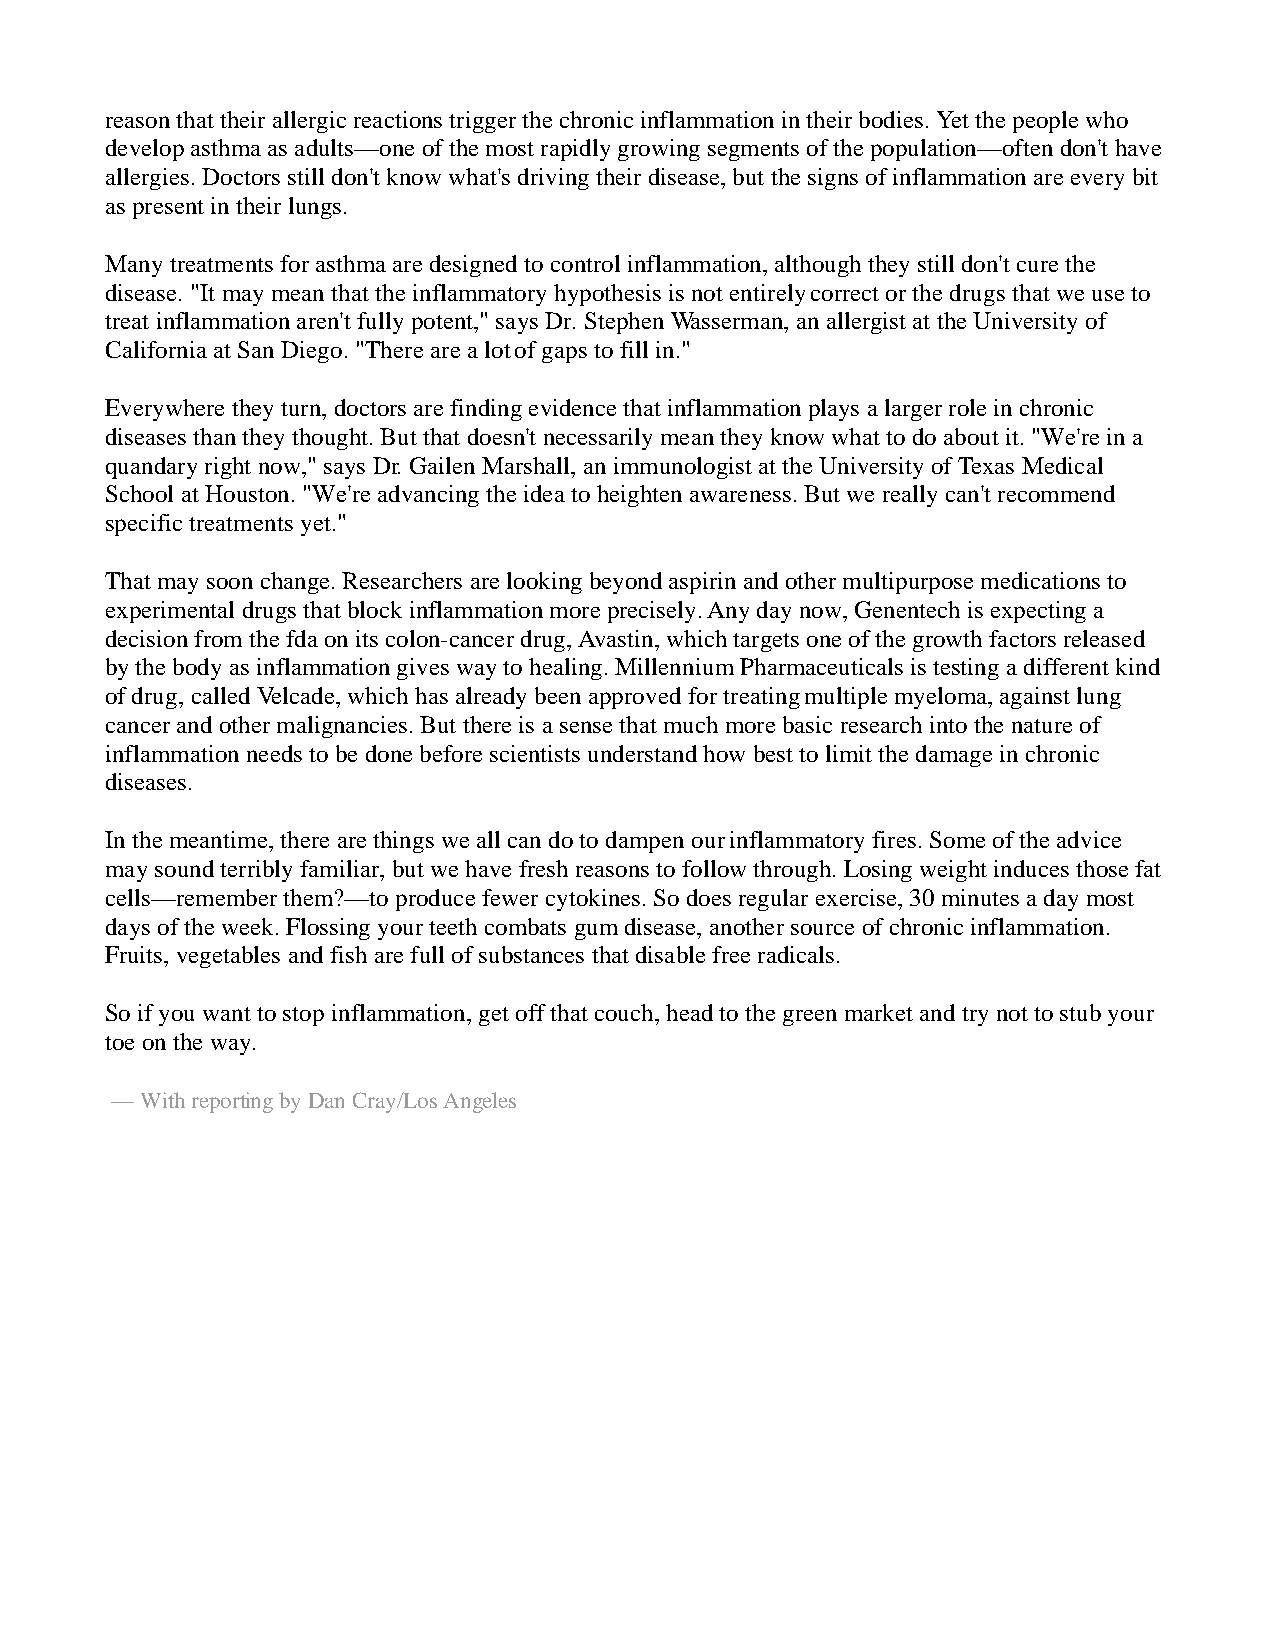
reason that their allergic reactions trigger the chronic inflammation in their bodies. Yet the people who
 develop asthma as adults—one of the most rapidly growing segments of the population—often don't have
 allergies. Doctors still don't know what's driving their disease, but the signs of inflammation are every bit
 as present in their lungs.
 Many treatments for asthma are designed to control inflammation, although they still don't cure the
 disease. "It may mean that the inflammatory hypothesis is not entirely correct or the drugs that we use to
 treat inflammation aren't fully potent," says Dr. Stephen Wasserman, an allergist at the University of
 California at San Diego. "There are a lot of gaps to fill in."
 Everywhere they turn, doctors are finding evidence that inflammation plays a larger role in chronic
 diseases than they thought. But that doesn't necessarily mean they know what to do about it. "We're in a
 quandary right now," says Dr. Gailen Marshall, an immunologist at the University of Texas Medical
 School at Houston. "We're advancing the idea to heighten awareness. But we really can't recommend
 specific treatments yet."
 That may soon change. Researchers are looking beyond aspirin and other multipurpose medications to
 experimental drugs that block inflammation more precisely. Any day now, Genentech is expecting a
 decision from the fda on its colon-cancer drug, Avastin, which targets one of the growth factors released
 by the body as inflammation gives way to healing. Millennium Pharmaceuticals is testing a different kind
 of drug, called Velcade, which has already been approved for treating multiple myeloma, against lung
 cancer and other malignancies. But there is a sense that much more basic research into the nature of
 inflammation needs to be done before scientists understand how best to limit the damage in chronic
 diseases.
 In the meantime, there are things we all can do to dampen our inflammatory fires. Some of the advice
 may sound terribly familiar, but we have fresh reasons to follow through. Losing weight induces those fat
 cells—remember them?—to produce fewer cytokines. So does regular exercise, 30 minutes a day most
 days of the week. Flossing your teeth combats gum disease, another source of chronic inflammation.
 Fruits, vegetables and fish are full of substances that disable free radicals.
 So if you want to stop inflammation, get off that couch, head to the green market and try not to stub your
 toe on the way.
 — With reporting by Dan Cray/Los Angeles